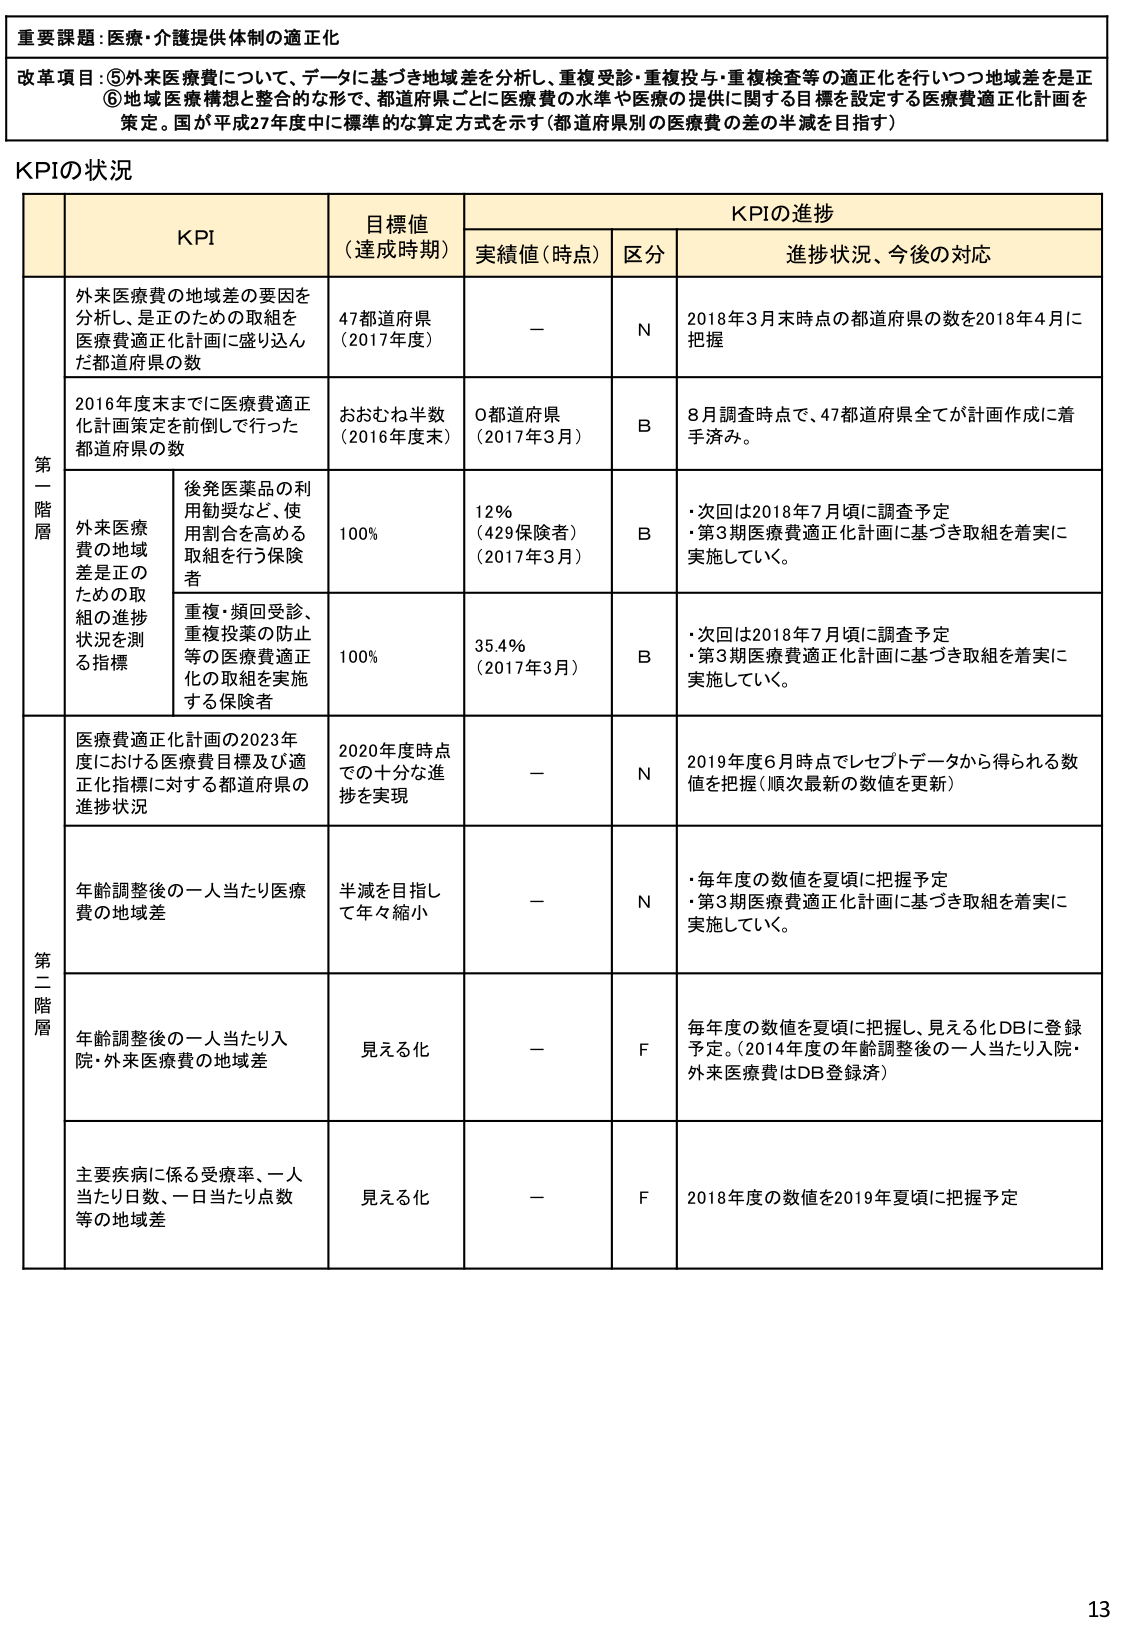
重要課題：医療・介護提供体制の適正化

改革項目：⑤外来医療費について、データに基づき地域差を分析し、重複受診・重複投与・重複検査等の適正化を行いつつ地域差を是正
⑥地域医療構想と整合的な形で、都道府県ごとに医療費の水準や医療の提供に関する目標を設定する医療費適正化計画を
策定。国が平成27年度中に標準的な算定方式を示す（都道府県別の医療費の差の半減を目指す）

KPIの状況

| | KPI | 目標値（達成時期） | KPIの進捗 | | |
|---|---|---|---|---|---|
| | | | 実績値（時点） | 区分 | 進捗状況、今後の対応 |
| | 外来医療費の地域差の要因を分析し、是正のための取組を医療費適正化計画に盛り込んだ都道府県の数 | 47都道府県（2017年度） | — | N | 2018年3月末時点の都道府県の数を2018年4月に把握 |
| | 2016年度末までに医療費適正化計画策定を前倒しで行った都道府県の数 | おおむね半数（2016年度末） | 0都道府県（2017年3月） | B | 8月調査時点で、47都道府県全てが計画作成に着手済み。 |
| 第一階層 | 外来医療費の地域差は正のための取組の進捗状況を測る指標 | 後発医薬品の利用勧奨など、使用割合を高める取組を行う保険者 | 100% | 12%（429保険者）（2017年3月） | B | ・次回は2018年7月頃に調査予定<br>・第3期医療費適正化計画に基づき取組を着実に実施していく。 |
| | | 重複・頻回受診、重複投薬の防止等の医療費適正化の取組を実施する保険者 | 100% | 35.4%（2017年3月） | B | ・次回は2018年7月頃に調査予定<br>・第3期医療費適正化計画に基づき取組を着実に実施していく。 |
| | 医療費適正化計画の2023年度における医療費目標及び適正化指標に対する都道府県の進捗状況 | 2020年度時点での十分な進捗を実現 | — | N | 2019年度6月時点でレセプトデータから得られる数値を把握（順次最新の数値を更新） |
| 第二階層 | 年齢調整後の一人当たり医療費の地域差 | 半減を目指して年々縮小 | — | N | ・毎年度の数値を夏頃に把握予定<br>・第3期医療費適正化計画に基づき取組を着実に実施していく。 |
| | 年齢調整後の一人当たり入院・外来医療費の地域差 | 見える化 | — | F | 毎年度の数値を夏頃に把握し、見える化DBに登録予定。（2014年度の年齢調整後の一人当たり入院・外来医療費はDB登録済） |
| | 主要疾病に係る受療率、一人当たり日数、一日当たり点数等の地域差 | 見える化 | — | F | 2018年度の数値を2019年夏頃に把握予定 |

13